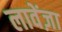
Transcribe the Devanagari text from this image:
लावेंज़ा